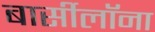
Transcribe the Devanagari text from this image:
बार्सीलॉना